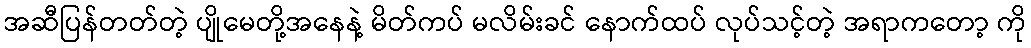
အဆီပြန်တတ်တဲ့ ပျိုမေတို့အနေနဲ့ မိတ်ကပ် မလိမ်းခင် နောက်ထပ် လုပ်သင့်တဲ့ အရာကတော့ ကို